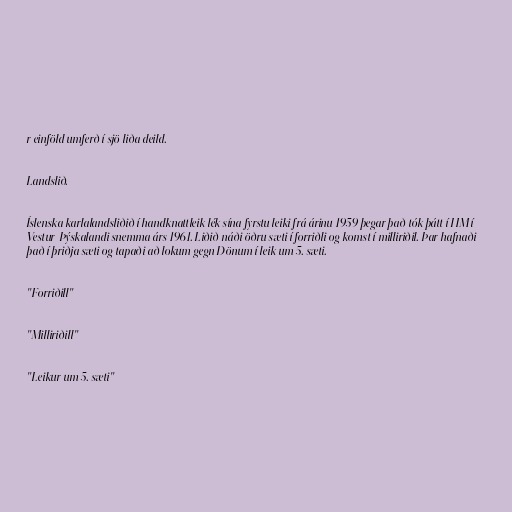
r einföld umferð í sjö liða deild.

Landslið.

Íslenska karlalandsliðið í handknattleik lék sína fyrstu leiki frá árinu 1959 þegar það tók þátt í HM í
Vestur-Þýskalandi snemma árs 1961. Liðið náði öðru sæti í forriðli og komst í milliriðil. Þar hafnaði
það í þriðja sæti og tapaði að lokum gegn Dönum í leik um 5. sæti.

"Forriðill"

"Milliriðill"

"Leikur um 5. sæti"